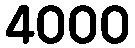
4000